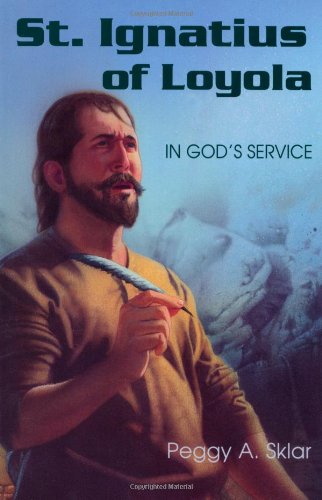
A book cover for St. Ignatius of Loyola: In God's Service; Peggy A. Sklar; Teen & Young Adult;